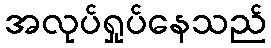
အလုပ်ရှုပ်နေသည်